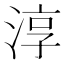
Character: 淳